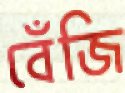
বেঁজি